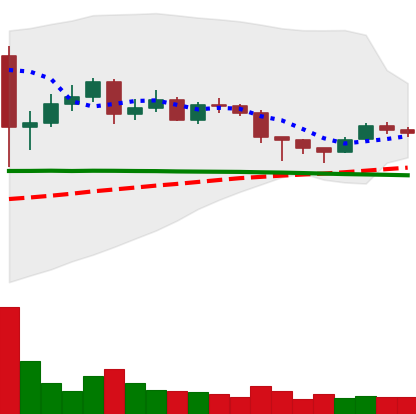
Ticker: DOGE-USD
Chart end date: 2020-12-15
Forward return: 44.261%
Label: up_7plus